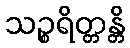
သဉ္စရိတ္တန္တိ